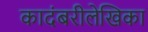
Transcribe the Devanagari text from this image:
कादंबरीलेखिका